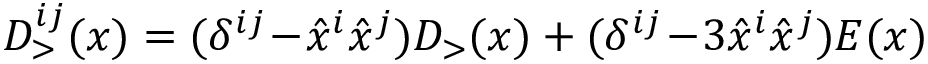
{ \cal D } _ { > } ^ { i j } ( x ) = ( \delta ^ { i j } \! - \! \hat { x } ^ { i } \hat { x } ^ { j } ) { \cal D } _ { > } ( x ) + ( \delta ^ { i j } \! - \! 3 \hat { x } ^ { i } \hat { x } ^ { j } ) E ( x )